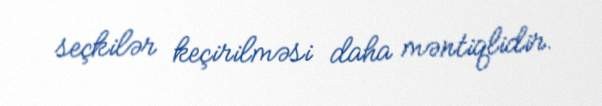
seçkilər keçirilməsi daha məntiqlidir.